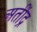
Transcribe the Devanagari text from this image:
अतींद्र